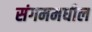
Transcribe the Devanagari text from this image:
संगममधील